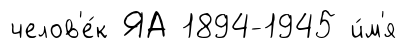
челов'е́к ЯА 1894-1945 и́м'я